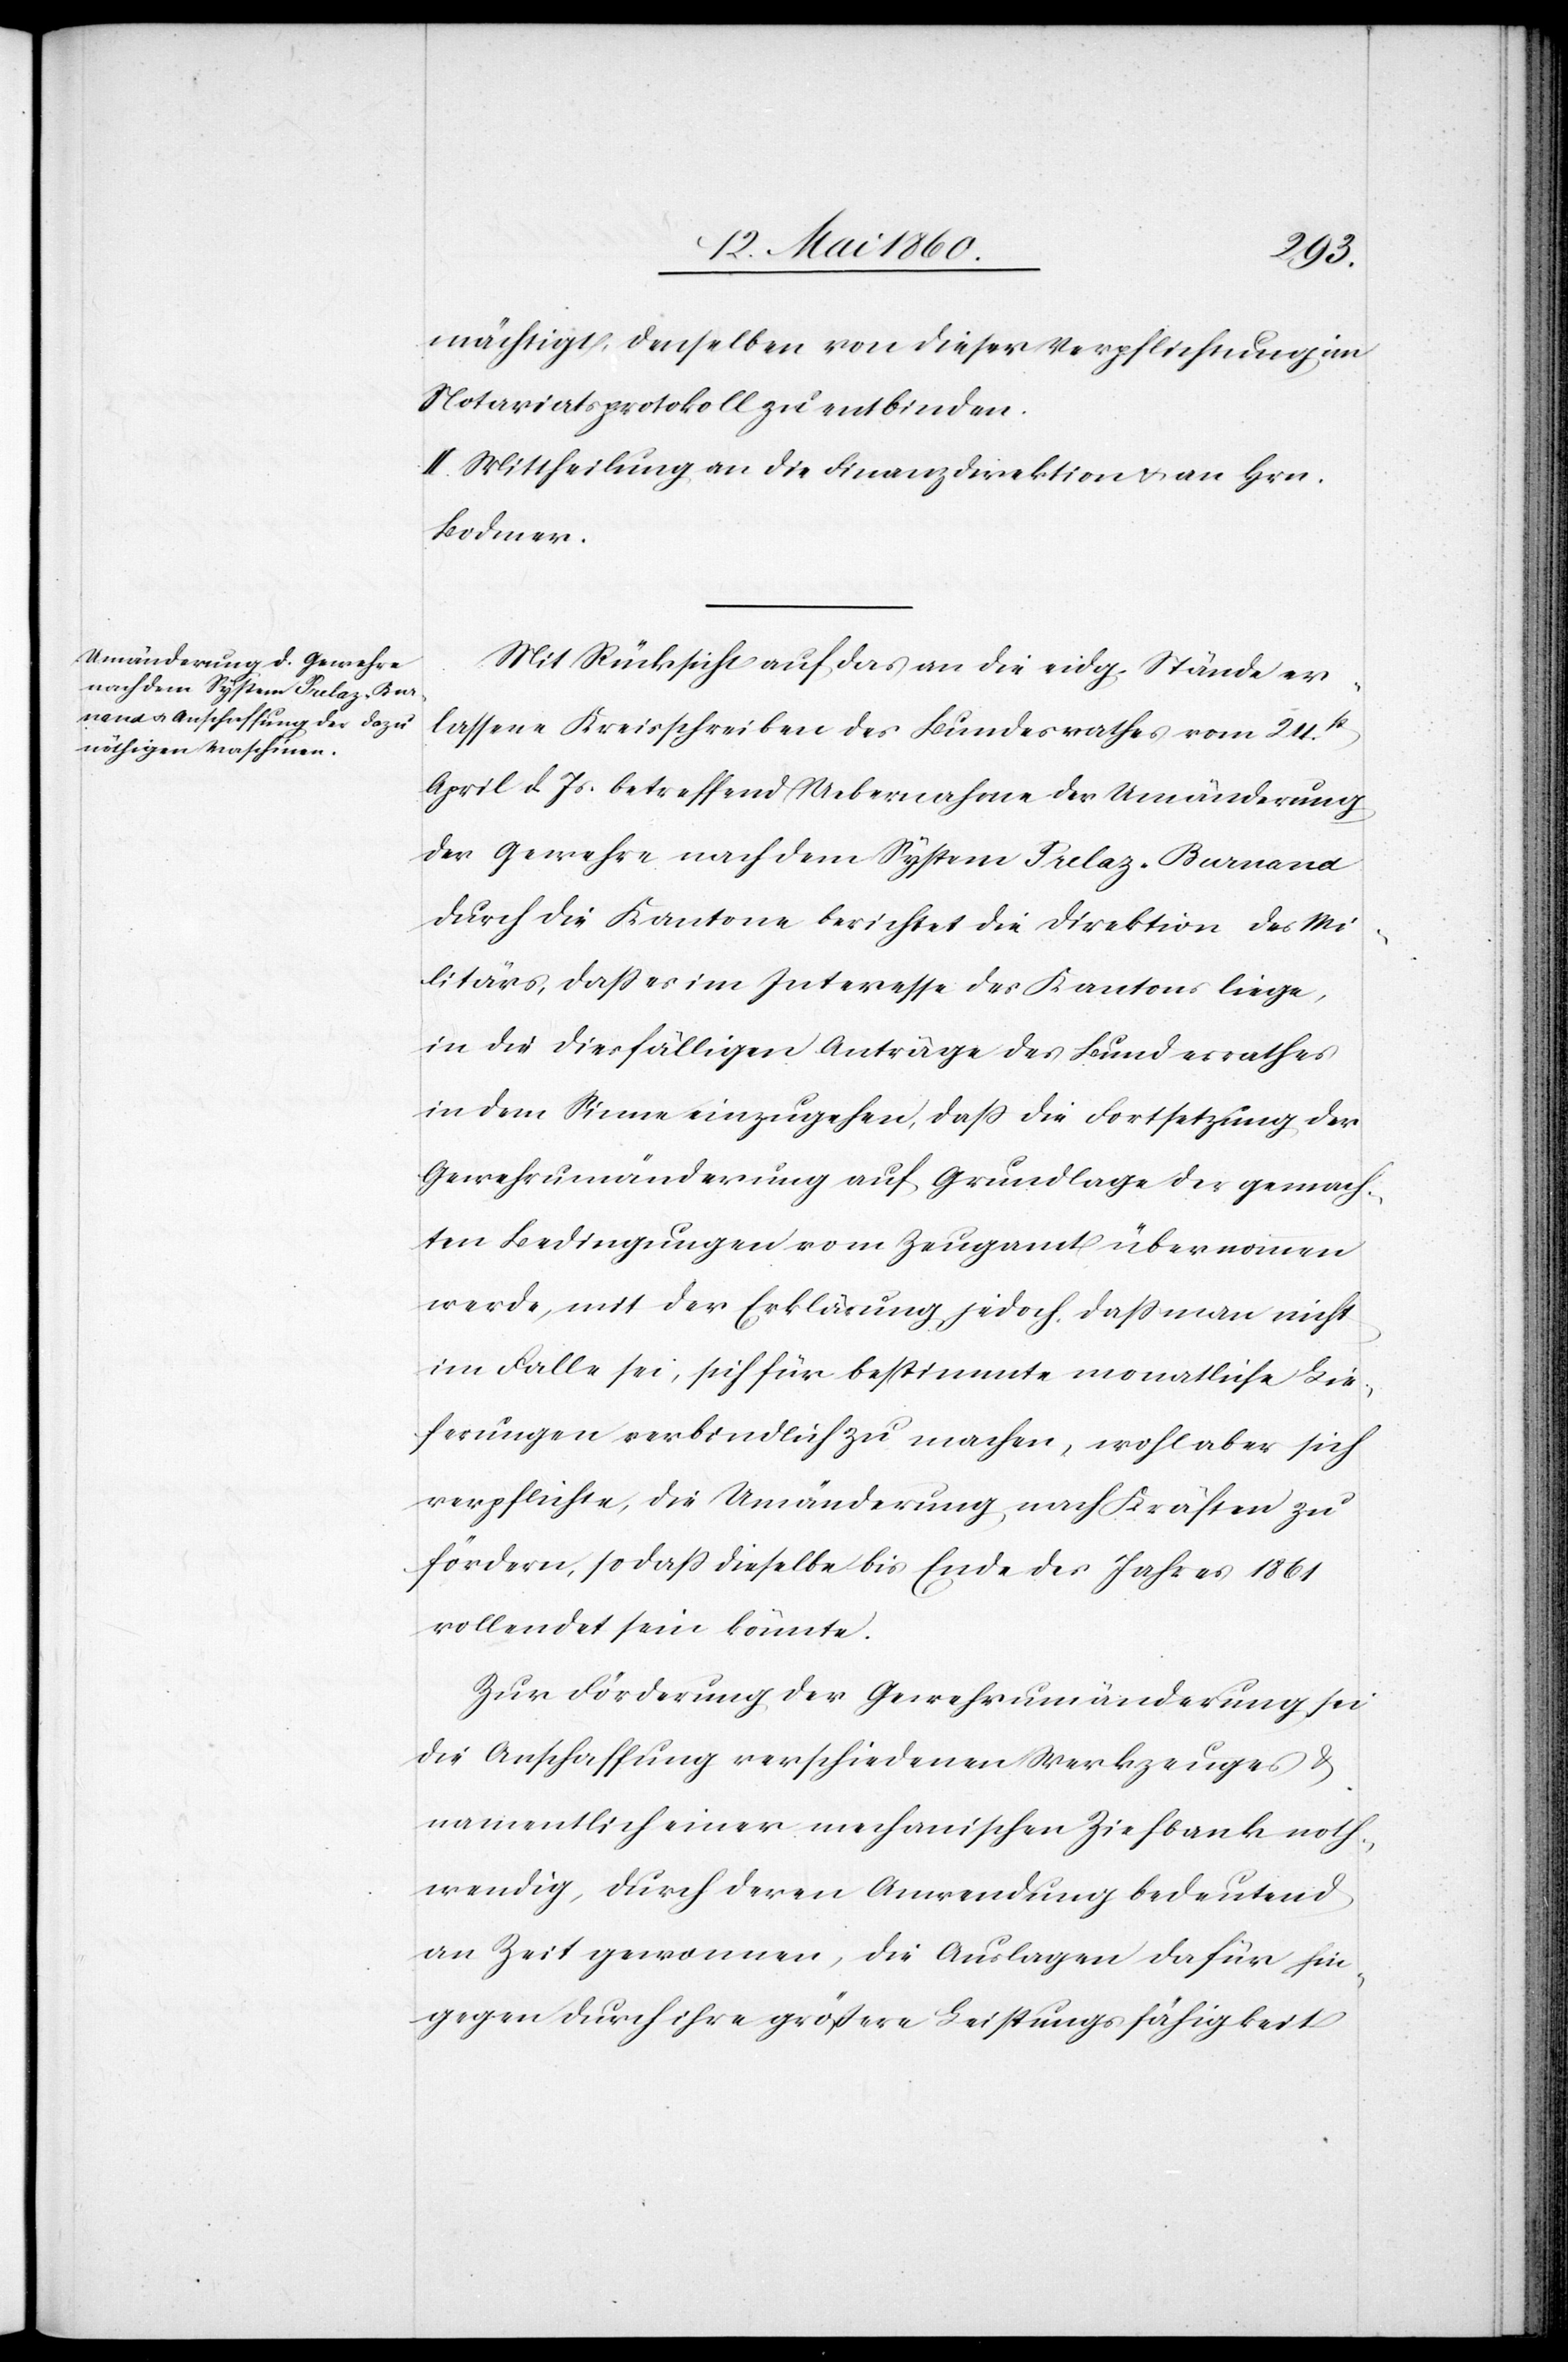
mächtigt, denselben von dieser Verpflichtung im
Notariatsprotokoll zu entbinden.
II. Mittheilung an die Finanzdirektion u. an Hrn.
Bodmer.
Mit Rücksicht auf das an die eidg. Stände er¬
lassene Kreisschreiben des Bundesrathes vom 24st
April d. Js. betreffend Uebernahme der Umänderung
der Gewehre nach dem System Prelaz-Burnand
durch die Kantone berichtet die Direktion des Mi¬
litärs, dass es im Interesse des Kantons liege,
in die diesfälligen Anträge des Bundesrathes
in dem Sinne einzugehen, dass die Fortsetzung der
Gewehrumänderung auf Grundlage der gemach¬
ten Bedingungen vom Zeugamt übernommen
werde, mit der Erklärung jedoch, daß man nicht
im Falle sei, sich für bestimmte monatliche Lie¬
ferungen verbindlich zu machen, wohl aber sich
verpflichte, die Umänderung, nach Kräften zu
fördern, so dass dieselbe bis Ende des Jahres 1861
vollendet sein könnte.
Zur Förderung der Gewehrumänderung sei
die Anschaffung verschiedenen Werkzeuges u.
namentlich einer mechanischen Ziehbank noth¬
wendig, durch deren Anwendung bedeutend
an Zeit gewonnen, die Auslagen dafür hin¬
gegen durch ihre grössere Leistungsfähigkeit